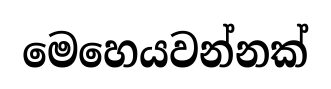
මෙහෙයවන්නක්